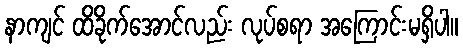
နာကျင် ထိခိုက်အောင်လည်း လုပ်စရာ အကြောင်းမရှိပါ။